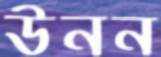
উনন